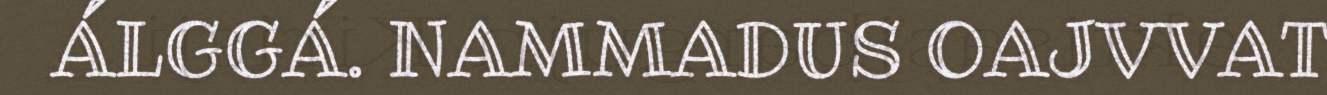
ÁLGGÁ. NAMMADUS OAJVVAT